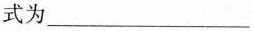
式为___